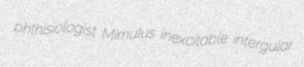
phthisiologist Mimulus inexcitable intergular